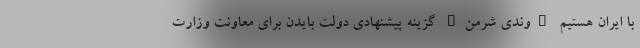
با ایران هستیم "وندی شرمن" گزینه پیشنهادی دولت بایدن برای معاونت وزارت